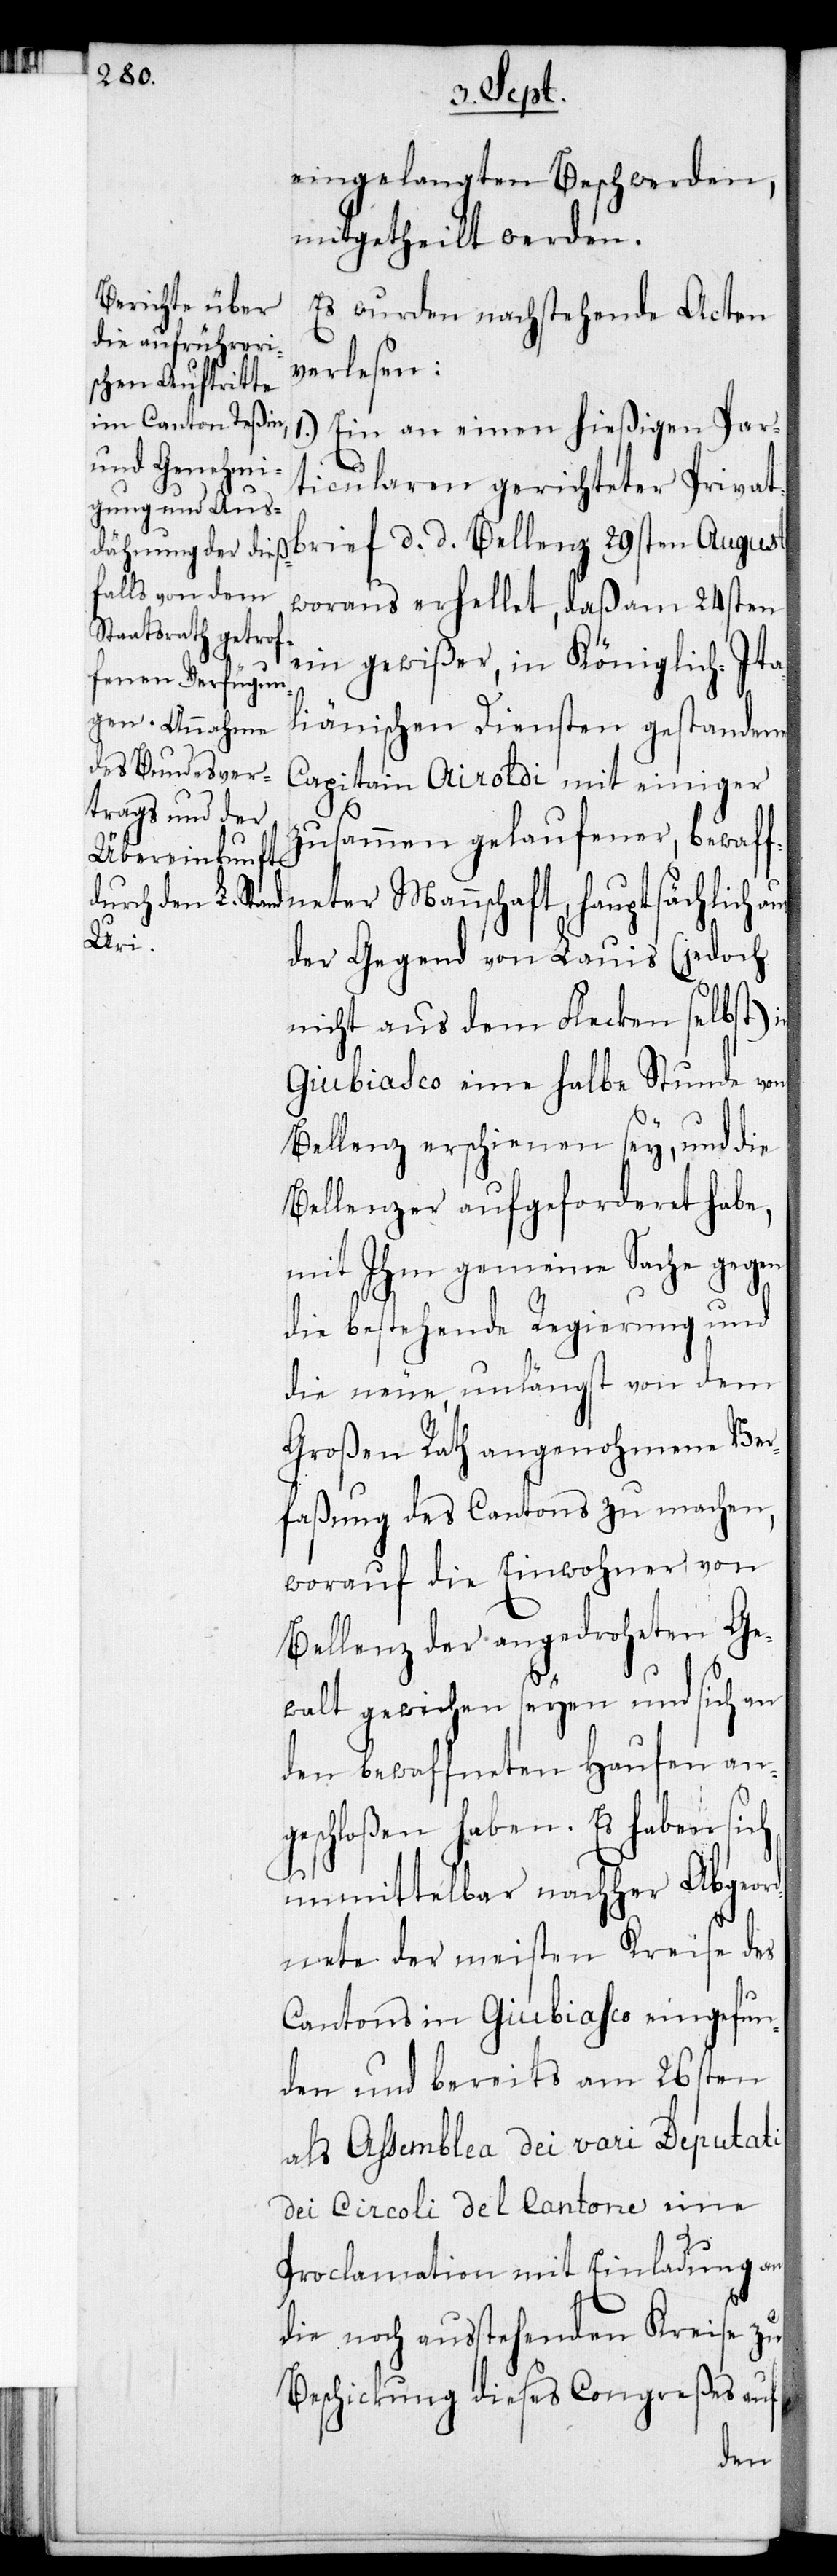
eingelangten Beschwerden,
mitgetheilt werden.
Es wurden nachstehende Acten
verlesen:
1.) Ein an einen hießigen Par¬
ticularen gerichteter Privat¬
brief d. d. Bellenz 29sten Augusti,
woraus erhellet, daß am 24sten
ein gewißer, in Königlich-Ita¬
liänischen Diensten gestandener
Capitain Airoldi mit einiger
zusammen gelaufener, bewaff¬
neter Mannschaft, hauptsächlich
der Gegend von Lauis (jedoch
nicht aus dem Flecken selbst)
Giubiasco eine halbe Stunde von
Bellenz erschienen sey, und die
Bellenzer aufgeforderet habe,
mit Ihm gemeine Sache gegen
die bestehende Regierung und
die neue, unlängst von dem
Großen Rath angenohmene Ver¬
faßung des Cantons zu machen,
worauf die Einwohner von
Bellenz der angedroheten Ge¬
walt gewichen seyen und sich an
den bewaffneten Haufen an¬
geschloßen haben. Es haben sich
unmittelbar nachher Abgeor¬
dnete der meisten Kräfte des
Cantons in Giubiasco eingefun¬
den und bereits am 26sten
als Assemblea dei vari Deputati
dei Circoli del Cantone eine
Proclamation mit Einladung an
die noch ausstehenden Kreise zu
Beschickung dieses Congreßes auf